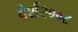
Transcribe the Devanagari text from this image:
वेर्श२००८